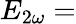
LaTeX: E_{2\omega}=